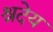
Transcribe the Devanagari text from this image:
श्रदेय